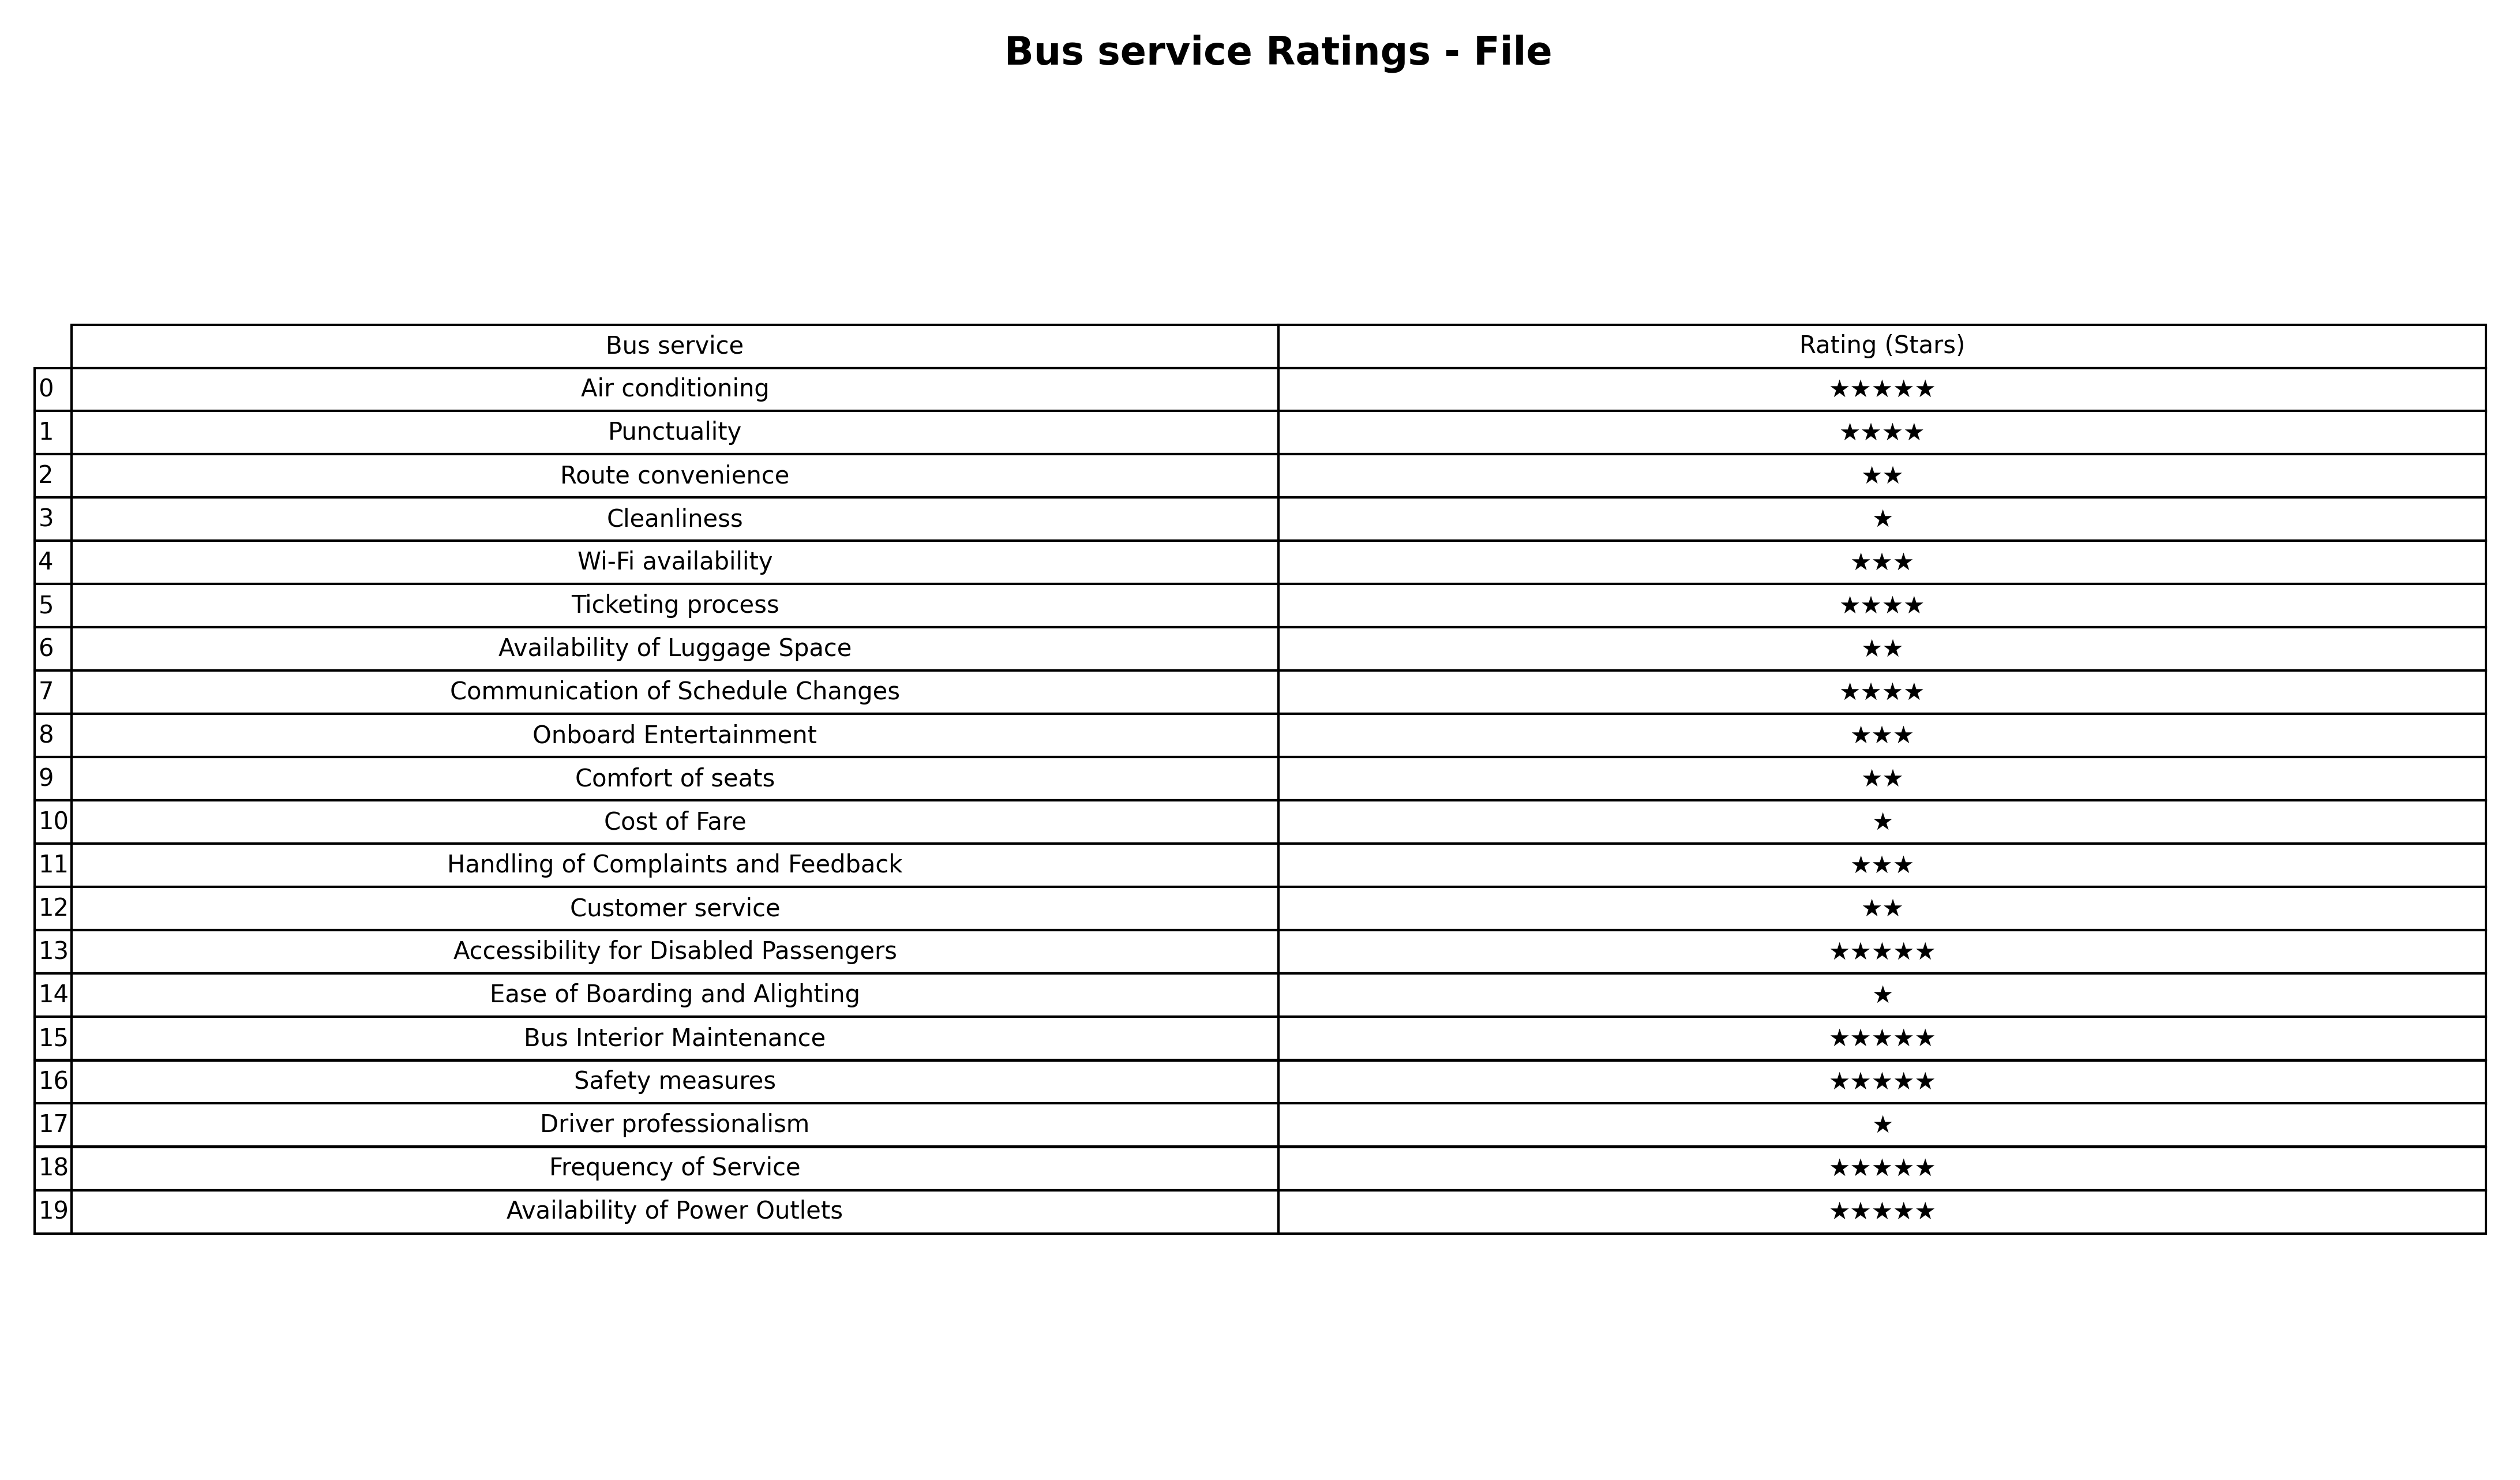
question: What is the rating of Punctuality?
answer: ★★★★